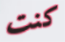
كنت